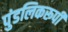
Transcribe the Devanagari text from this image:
पुंडलिकरूपी